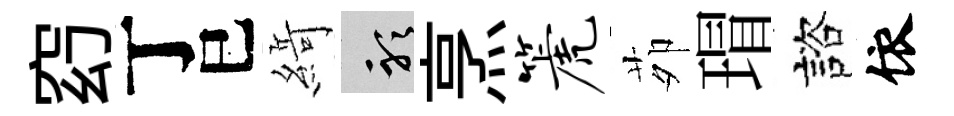
𥥆丁巳𦂶聽烹篪茆瑁諮依